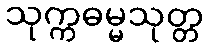
သုက္ကဓမ္မသုတ္တ